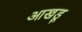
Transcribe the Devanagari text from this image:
आखडू